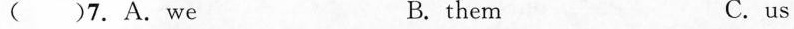
( )7.A.We B. them C.us